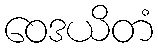
ဝေဒယိတံ